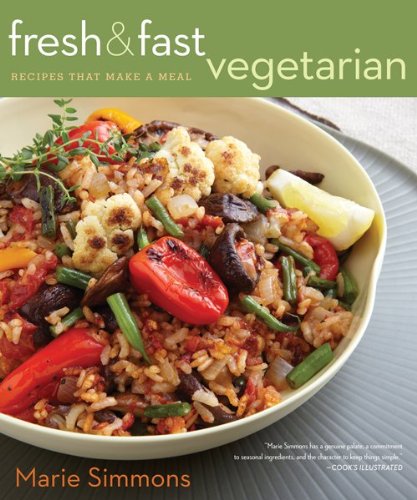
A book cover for Fresh & Fast Vegetarian: Recipes That Make a Meal; Marie Simmons; Cookbooks, Food & Wine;